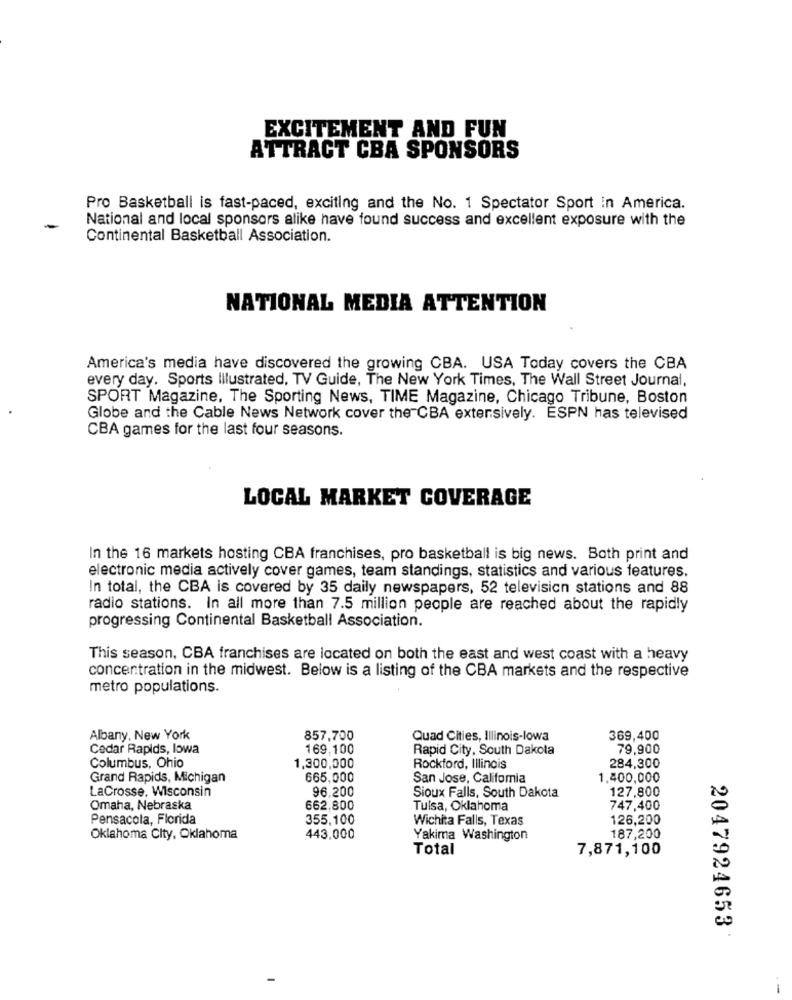
EXCITEMENT AND FUN
ATTRACT CBA SPONSORS
Pro Basketball is fast-paced, exciting and the No. 1 Spectator Sport in America.
National and local sponsors alike have found success and excellent exposure with the
Continental Basketball Association.
NATIONAL MEDIA ATTENTION
America's media have discovered the growing CBA. USA Today covers the CBA
every day. Sports Illustrated, TV Guide, The New York Times, The Wall Street Journal,
SPORT Magazine, The Sporting News, TIME Magazine, Chicago Tribune, Boston
Globe and the Cable News Network cover the CBA extensively. ESPN has televised
CBA games for the last four seasons.
LOCAL MARKET COVERAGE
In the 16 markets hosting CBA franchises, pro basketball is big news. Both print and
electronic media actively cover games, team standings, statistics and various features.
In total, the CBA is covered by 35 daily newspapers, 52 television stations and 88
radio stations. In all more than 7.5 million people are reached about the rapidly
progressing Continental Basketball Association.
This season, CBA franchises are located on both the east and west coast with a heavy
concentration in the midwest. Below is a listing of the CBA markets and the respective
metro populations.
Albany, New York
857,700
Quad Cities, Illinois-lowa
369,400
Cedar Rapids, lowa
169,100
Rapid City, South Dakota
79,900
Columbus, Ohio
1,300,000
Rockford, Illinois
284,300
Grand Rapids, Michigan
665,000
San Jose, California
1.400,000
LaCrosse, Wisconsin
96.200
127,800
Sioux Falls, South Dakota
Omaha, Nebraska
662,800
Tulsa, Oklahoma
747,400
Pensacola, Florida
355,100
Wichita Falls, Texas
126,200
Oklahoma City, Oklahoma
443,000
Yakima Washington
187,200
Total
7,871,100
2047924653